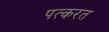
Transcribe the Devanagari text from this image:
पत्करत